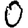
Digit: 0